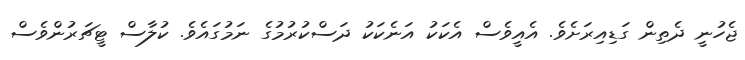
ޖެހުނީ ދެތިން ގަޑިއިރަށެވެ. އެއީވެސް އެކަކު އަނެކަކު ދަސްކުރުމުގެ ނަމުގައެވެ. ކުލާސް ޓީޗަރުންވެސް